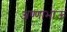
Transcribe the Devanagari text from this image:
अण्णाभाऊं